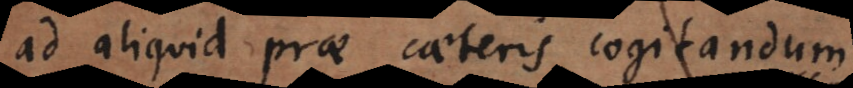
ad aliquid prae caeteris cogitandum.